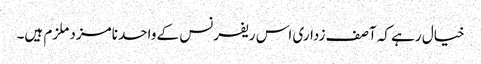
خیال رہے کہ آصف زداری اس ریفرنس کے واحد نامزد ملزم ہیں۔